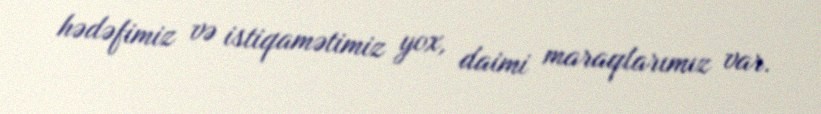
hədəfimiz və istiqamətimiz yox, daimi maraqlarımız var.